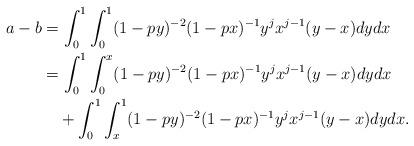
LaTeX: \begin{align*} a-b &= \int_0^1 \int_0^1 (1-py)^{-2}(1-px)^{-1}y^jx^{j-1}(y-x)dydx \\ &= \int_0^1 \int_0^x (1-py)^{-2}(1-px)^{-1}y^jx^{j-1}(y-x)dydx \\ &\quad+ \int_0^1 \int_x^1 (1-py)^{-2}(1-px)^{-1}y^jx^{j-1}(y-x)dydx.\end{align*}